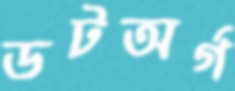
ডটঅর্গ